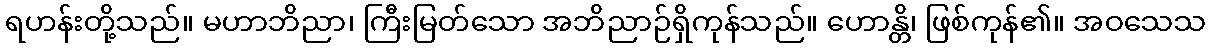
ရဟန်းတို့သည်။ မဟာဘိညာ၊ ကြီးမြတ်သော အဘိညာဉ်ရှိကုန်သည်။ ဟောန္တိ၊ ဖြစ်ကုန်၏။ အဝသေသ